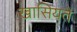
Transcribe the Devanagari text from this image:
खासियते